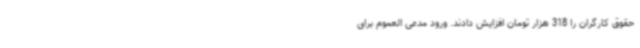
حقوق کارگران را 318 هزار تومان افزایش دادند. ورود مدعی العموم برای